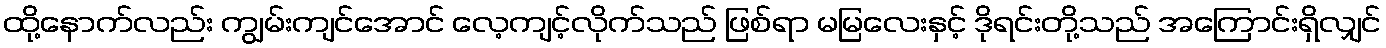
ထို့နောက်လည်း ကျွမ်းကျင်အောင် လေ့ကျင့်လိုက်သည် ဖြစ်ရာ မမြလေးနှင့် ဒိုရင်းတို့သည် အကြောင်းရှိလျှင်